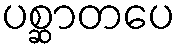
ပစ္ဆာတပေ